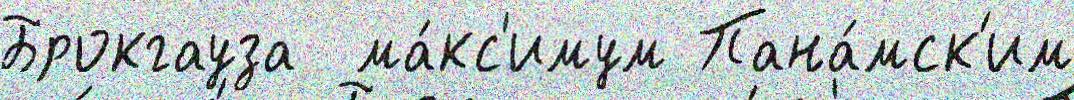
Брокгауза  ма́кс'имум Пана́мск'им